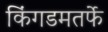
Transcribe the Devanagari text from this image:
किंगडमतर्फे